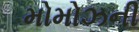
મોમોઝની